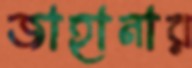
জাহানার